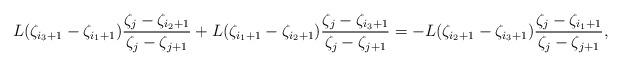
LaTeX: \begin{align*}& L(\zeta_{i_3+1} -\zeta_{i_1+1} )\frac{\zeta_j -\zeta_{i_2+1}} {\zeta_j -\zeta_{j+1}}+ L(\zeta_{i_1+1} -\zeta_{i_2+1} )\frac{\zeta_j -\zeta_{i_3+1}} {\zeta_j -\zeta_{j+1}} = -L(\zeta_{i_2+1} -\zeta_{i_3+1} )\frac{\zeta_j -\zeta_{i_1+1}}{\zeta_j -\zeta_{j+1}},\end{align*}